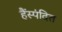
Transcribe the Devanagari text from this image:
हैंस्पंदित